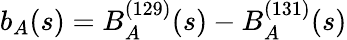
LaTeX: b_{A}(s)=B_{A}^{(129)}(s)-B_{A}^{(131)}(s)